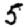
Digit: 5